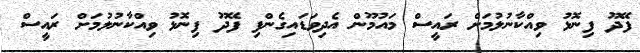
ފޭދޫ ފިނޮޅު ވިއްކާނުލުމަށް ރައީސް މައުމޫން އެދިވަޑައިގެންފި ފޭދޫ ފިނޮޅު ވިއްކާނުލުމަށް ރައީސް